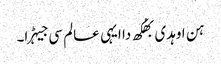
ہن اوہدی بھُکھ دا ایہی عالم سی جیہڑا۔